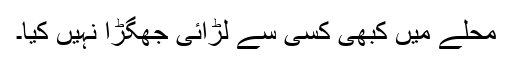
محلے میں کبھی کسی سے لڑائی جھگڑا نہیں کیا۔